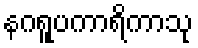
နဂရူပကာရိကာသု